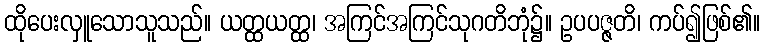
ထိုပေးလှူသောသူသည်။ ယတ္ထယတ္ထ၊ အကြင်အကြင်သုဂတိဘုံ၌။ ဥပပဇ္ဇတိ၊ ကပ်၍ဖြစ်၏။